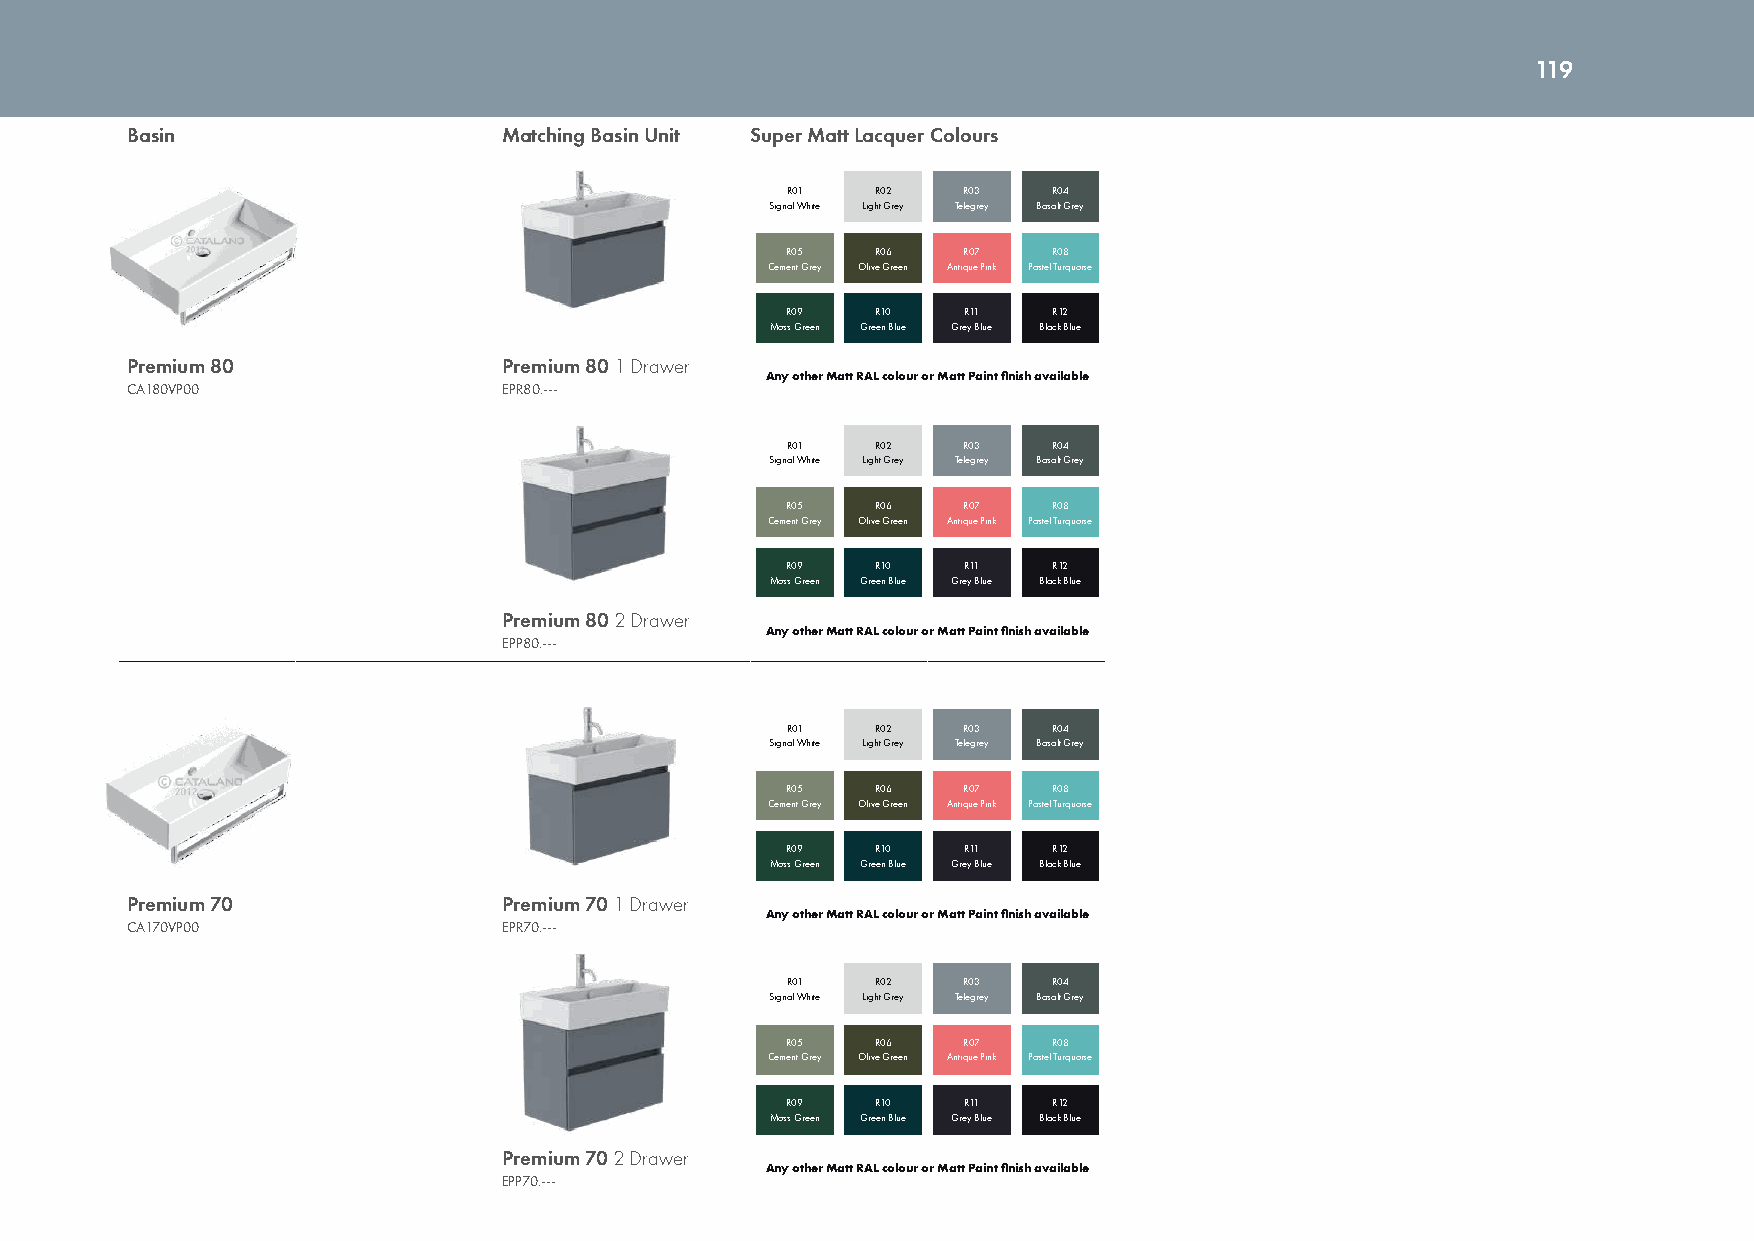
119
 Basin                    Matching Basin Unit Super Matt Lacquer Colours
 R01   R02   R03   R04
 Signal White Light Grey Telegrey Basalt Grey
 R05   R06   R07   R08
 Cement Grey Olive Green Antique Pink Pastel Turquoise
 R09   R10   R11   R12
 Moss Green Green Blue Grey Blue Black Blue
 Premium 80               Premium 80 1 Drawer
 Any other Matt RAL colour or Matt Paint finish available
 CA180VP00                EPR80.---
 R01   R02   R03   R04
 Signal White Light Grey Telegrey Basalt Grey
 R05   R06   R07   R08
 Cement Grey Olive Green Antique Pink Pastel Turquoise
 R09   R10   R11   R12
 Moss Green Green Blue Grey Blue Black Blue
 Premium 80 2 Drawer
 Any other Matt RAL colour or Matt Paint finish available
 EPP80.---
 R01   R02   R03   R04
 Signal White Light Grey Telegrey Basalt Grey
 R05   R06   R07   R08
 Cement Grey Olive Green Antique Pink Pastel Turquoise
 R09   R10   R11   R12
 Moss Green Green Blue Grey Blue Black Blue
 Premium 70               Premium 70 1 Drawer
 Any other Matt RAL colour or Matt Paint finish available
 CA170VP00                EPR70.---
 R01   R02   R03   R04
 Signal White Light Grey Telegrey Basalt Grey
 R05   R06   R07   R08
 Cement Grey Olive Green Antique Pink Pastel Turquoise
 R09   R10   R11   R12
 Moss Green Green Blue Grey Blue Black Blue
 Premium 70 2 Drawer
 Any other Matt RAL colour or Matt Paint finish available
 EPP70.---